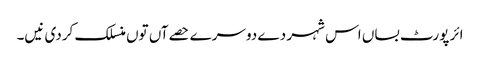
ائر پورٹ بساں اس شہر دے دوسرے حصےآں تو‏ں منسلک کردی نیں۔